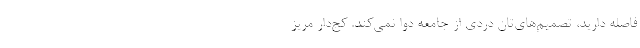
فاصله دارید، تصمیم‌های‌تان دردی از جامعه دوا نمی‌کند. کج‌دار مریز